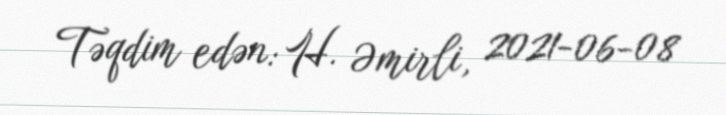
Təqdim edən: H. Əmirli, 2021-06-08